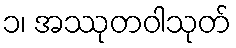
၁၊ အဿုတဝါသုတ်